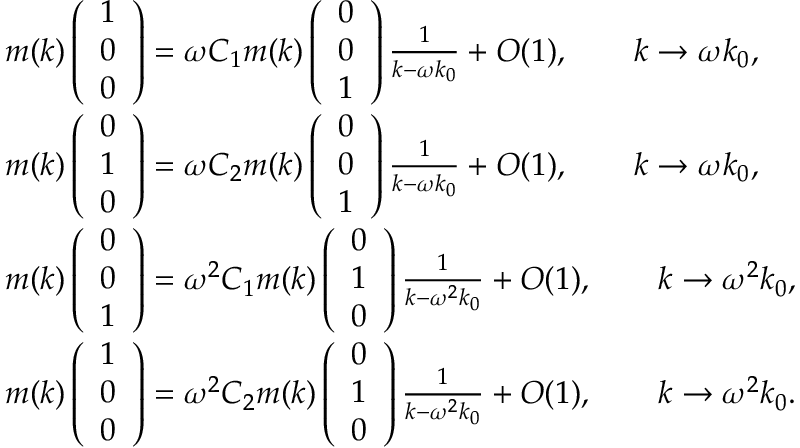
\begin{array} { r l } & { m ( k ) \left( \begin{array} { l } { 1 } \\ { 0 } \\ { 0 } \end{array} \right) = \omega C _ { 1 } m ( k ) \left( \begin{array} { l } { 0 } \\ { 0 } \\ { 1 } \end{array} \right) \frac { 1 } { k - \omega k _ { 0 } } + O ( 1 ) , \qquad k \to \omega k _ { 0 } , } \\ & { m ( k ) \left( \begin{array} { l } { 0 } \\ { 1 } \\ { 0 } \end{array} \right) = \omega C _ { 2 } m ( k ) \left( \begin{array} { l } { 0 } \\ { 0 } \\ { 1 } \end{array} \right) \frac { 1 } { k - \omega k _ { 0 } } + O ( 1 ) , \qquad k \to \omega k _ { 0 } , } \\ & { m ( k ) \left( \begin{array} { l } { 0 } \\ { 0 } \\ { 1 } \end{array} \right) = \omega ^ { 2 } C _ { 1 } m ( k ) \left( \begin{array} { l } { 0 } \\ { 1 } \\ { 0 } \end{array} \right) \frac { 1 } { k - \omega ^ { 2 } k _ { 0 } } + O ( 1 ) , \qquad k \to \omega ^ { 2 } k _ { 0 } , } \\ & { m ( k ) \left( \begin{array} { l } { 1 } \\ { 0 } \\ { 0 } \end{array} \right) = \omega ^ { 2 } C _ { 2 } m ( k ) \left( \begin{array} { l } { 0 } \\ { 1 } \\ { 0 } \end{array} \right) \frac { 1 } { k - \omega ^ { 2 } k _ { 0 } } + O ( 1 ) , \qquad k \to \omega ^ { 2 } k _ { 0 } . } \end{array}